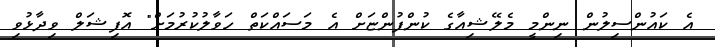
އެ ކައުންސިލުން ނިންމީ މެލޭޝިއާގެ ކުންފުންޏަށް އެ މަސައްކަތް ހަވާލުކުރުމަށް" އޮފިޝަލް ވިދާޅުވި